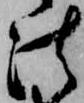
法